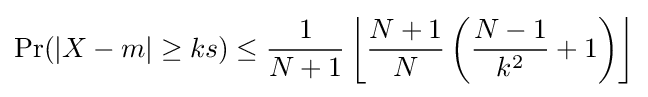
\Pr(|X-m|\geq ks)\leq {\frac {1}{N+1}}\left\lfloor {\frac {N+1}{N}}\left({\frac {N-1}{k^{2}}}+1\right)\right\rfloor